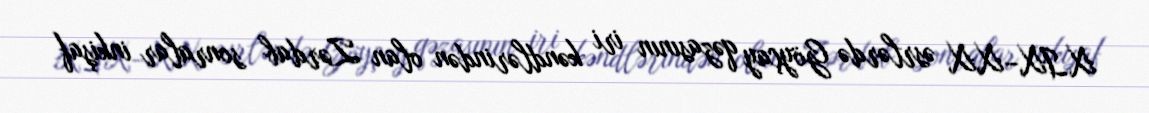
XIX–XX əsrlərdə Göyçay qəzasının iri kəndlərindən olan Zərdab sonralar inkişaf